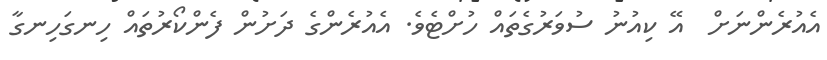
އެއުރެންނަށް  އޭ ކިއުނު ސުވަރުގެތައް ހުށްޓެވެ. އެއުރެންގެ ދަށުން ފެންކޯރުތައް ހިނގަހިނގާ